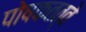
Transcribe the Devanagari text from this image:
पोषकतत्वे